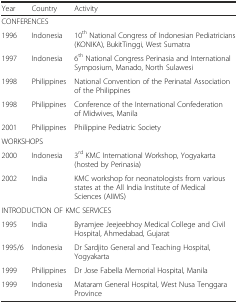
<table><thead><tr><td><b>Year</b></td><td><b>Country</b></td><td><b>Activity</b></td></tr></thead><tbody><tr><td colspan="3">CONFERENCES</td></tr><tr><td>1996</td><td>Indonesia</td><td>10<sup>th</sup> National Congress of Indonesian Pediatricians (KONIKA), BukitTinggi, West Sumatra</td></tr><tr><td>1997</td><td>Indonesia</td><td>6<sup>th</sup> National Congress Perinasia and International Symposium, Manado, North Sulawesi</td></tr><tr><td>1998</td><td>Philippines</td><td>National Convention of the Perinatal Association of the Philippines</td></tr><tr><td>1998</td><td>Philippines</td><td>Conference of the International Confederation of Midwives, Manila</td></tr><tr><td>2001</td><td>Philippines</td><td>Philippine Pediatric Society</td></tr><tr><td colspan="3">WORKSHOPS</td></tr><tr><td>2000</td><td>Indonesia</td><td>3<sup>rd</sup> KMC International Workshop, Yogyakarta (hosted by Perinasia)</td></tr><tr><td>2002</td><td>India</td><td>KMC workshop for neonatologists from various states at the All India Institute of Medical Sciences (AIIMS)</td></tr><tr><td colspan="3">INTRODUCTION OF KMC SERVICES</td></tr><tr><td>1995</td><td>India</td><td>Byramjee Jeejeebhoy Medical College and Civil Hospital, Ahmedabad, Gujarat</td></tr><tr><td>1995/6</td><td>Indonesia</td><td>Dr Sardjito General and Teaching Hospital, Yogyakarta</td></tr><tr><td>1999</td><td>Philippines</td><td>Dr Jose Fabella Memorial Hospital, Manila</td></tr><tr><td>1999</td><td>Indonesia</td><td>Mataram General Hospital, West Nusa Tenggara Province</td></tr></tbody></table>